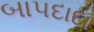
બાપદાદા